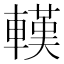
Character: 𨎔